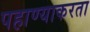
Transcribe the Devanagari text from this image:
पहाण्याकरता